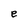
Character: e